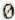
0